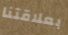
بعلاقتنا